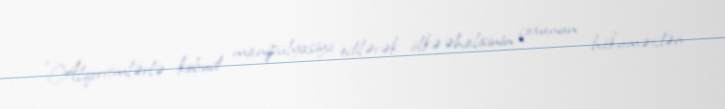
“Alqoritmlərlə kobud manipulyasiya edilərək ölkə əhalisinin çoxunun hökumətdən